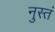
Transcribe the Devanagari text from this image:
नुस्तं